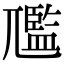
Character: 尶